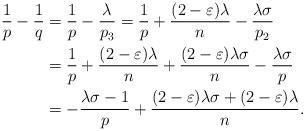
LaTeX: \begin{align*} \frac{1}{p}-\frac{1}{q}&=\frac{1}{p}-\frac{\lambda}{p_3}=\frac{1}{p}+\frac{(2-\varepsilon)\lambda}{n}-\frac{\lambda\sigma}{p_2}\\ &=\frac{1}{p}+\frac{(2-\varepsilon)\lambda}{n}+\frac{(2-\varepsilon)\lambda\sigma}{n}-\frac{\lambda\sigma}{p}\\ &=-\frac{\lambda\sigma-1}{p}+\frac{(2-\varepsilon)\lambda\sigma+(2-\varepsilon)\lambda}{n}. \end{align*}